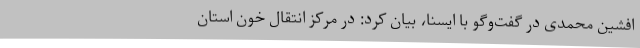
افشین محمدی در گفت‌وگو با ایسنا، بیان کرد: در مرکز انتقال خون استان